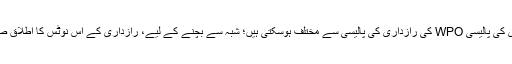
ایسی مربوط سائٹوں کی رازداری کی پالیسی WPO کی رازداری کی پالیسی سے مختلف ہوسکتی ہیں؛ شبہ سے بچنے کے لیے، رازداری کے اس نوٹس کا اطلاق صرف اس ویب سائٹ پر ہوتا ہے۔